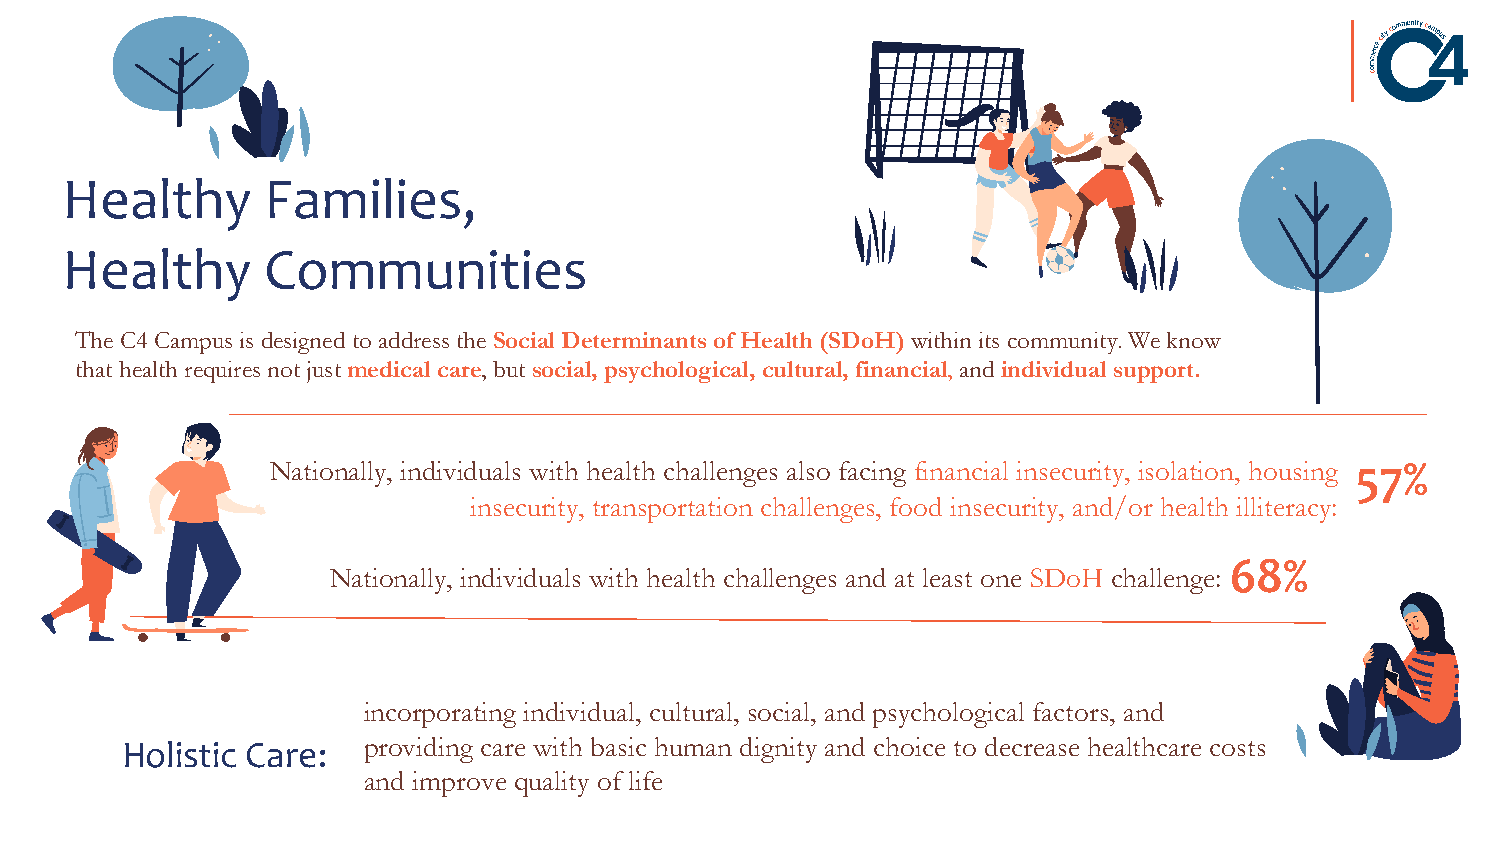
Healthy      Families,
 Healthy      Communities
 The C4 Campus is designed to address the Social Determinants of Health (SDoH) within its community. We know
 that health requires not just medical care, but social, psychological, cultural, financial, and individual support.
 Nationally, individuals with health challenges also facing financial insecurity, isolation, housing 57%
 insecurity, transportation challenges, food insecurity, and/or health illiteracy:
 68%
 Nationally, individuals with health challenges and at least one SDoH challenge:
 incorporating individual, cultural, social, and psychological factors, and
 Holistic Care:  providing care with basic human dignity and choice to decrease healthcare costs
 and improve quality of life